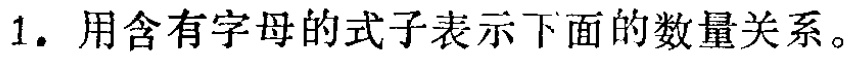
1. 用含有字母的式子表示下面的数量关系。